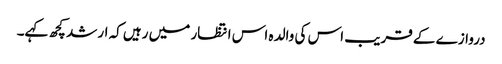
دروازے کے قریب اس کی والدہ اس انتظار میں رہیں کہ ارشد کچھ کہے۔